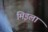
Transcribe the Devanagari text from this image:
मिइला